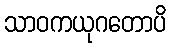
သာဝကယုဂတောပိ